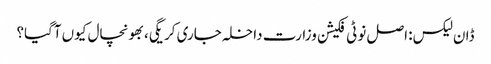
ڈان لیکس: اصل نوٹی فکیشن وزارت داخلہ جاری کریگی، بھونچال کیوں آگیا؟